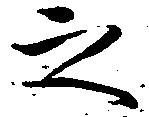
之